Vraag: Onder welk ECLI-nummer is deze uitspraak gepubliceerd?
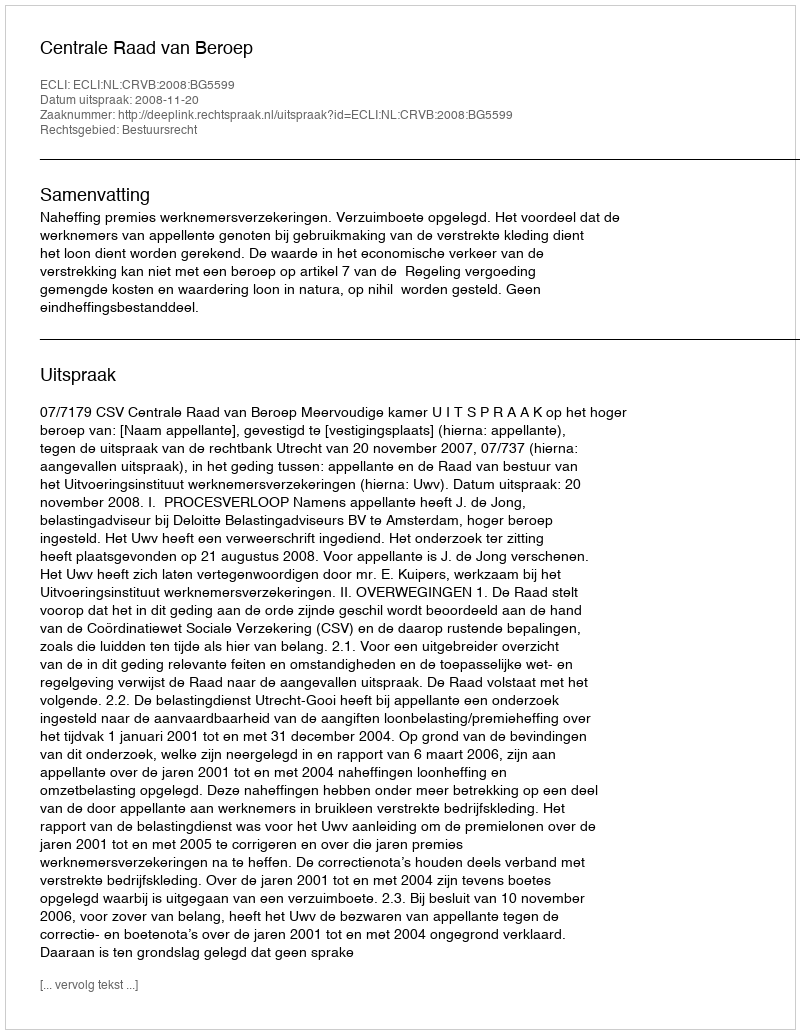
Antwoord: ECLI:NL:CRVB:2008:BG5599